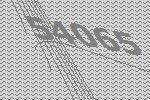
54065